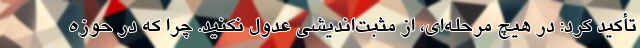
تأکید کرد: در هیچ مرحله‌ای، از مثبت‌اندیشی عدول نکنید. چرا که در حوزه